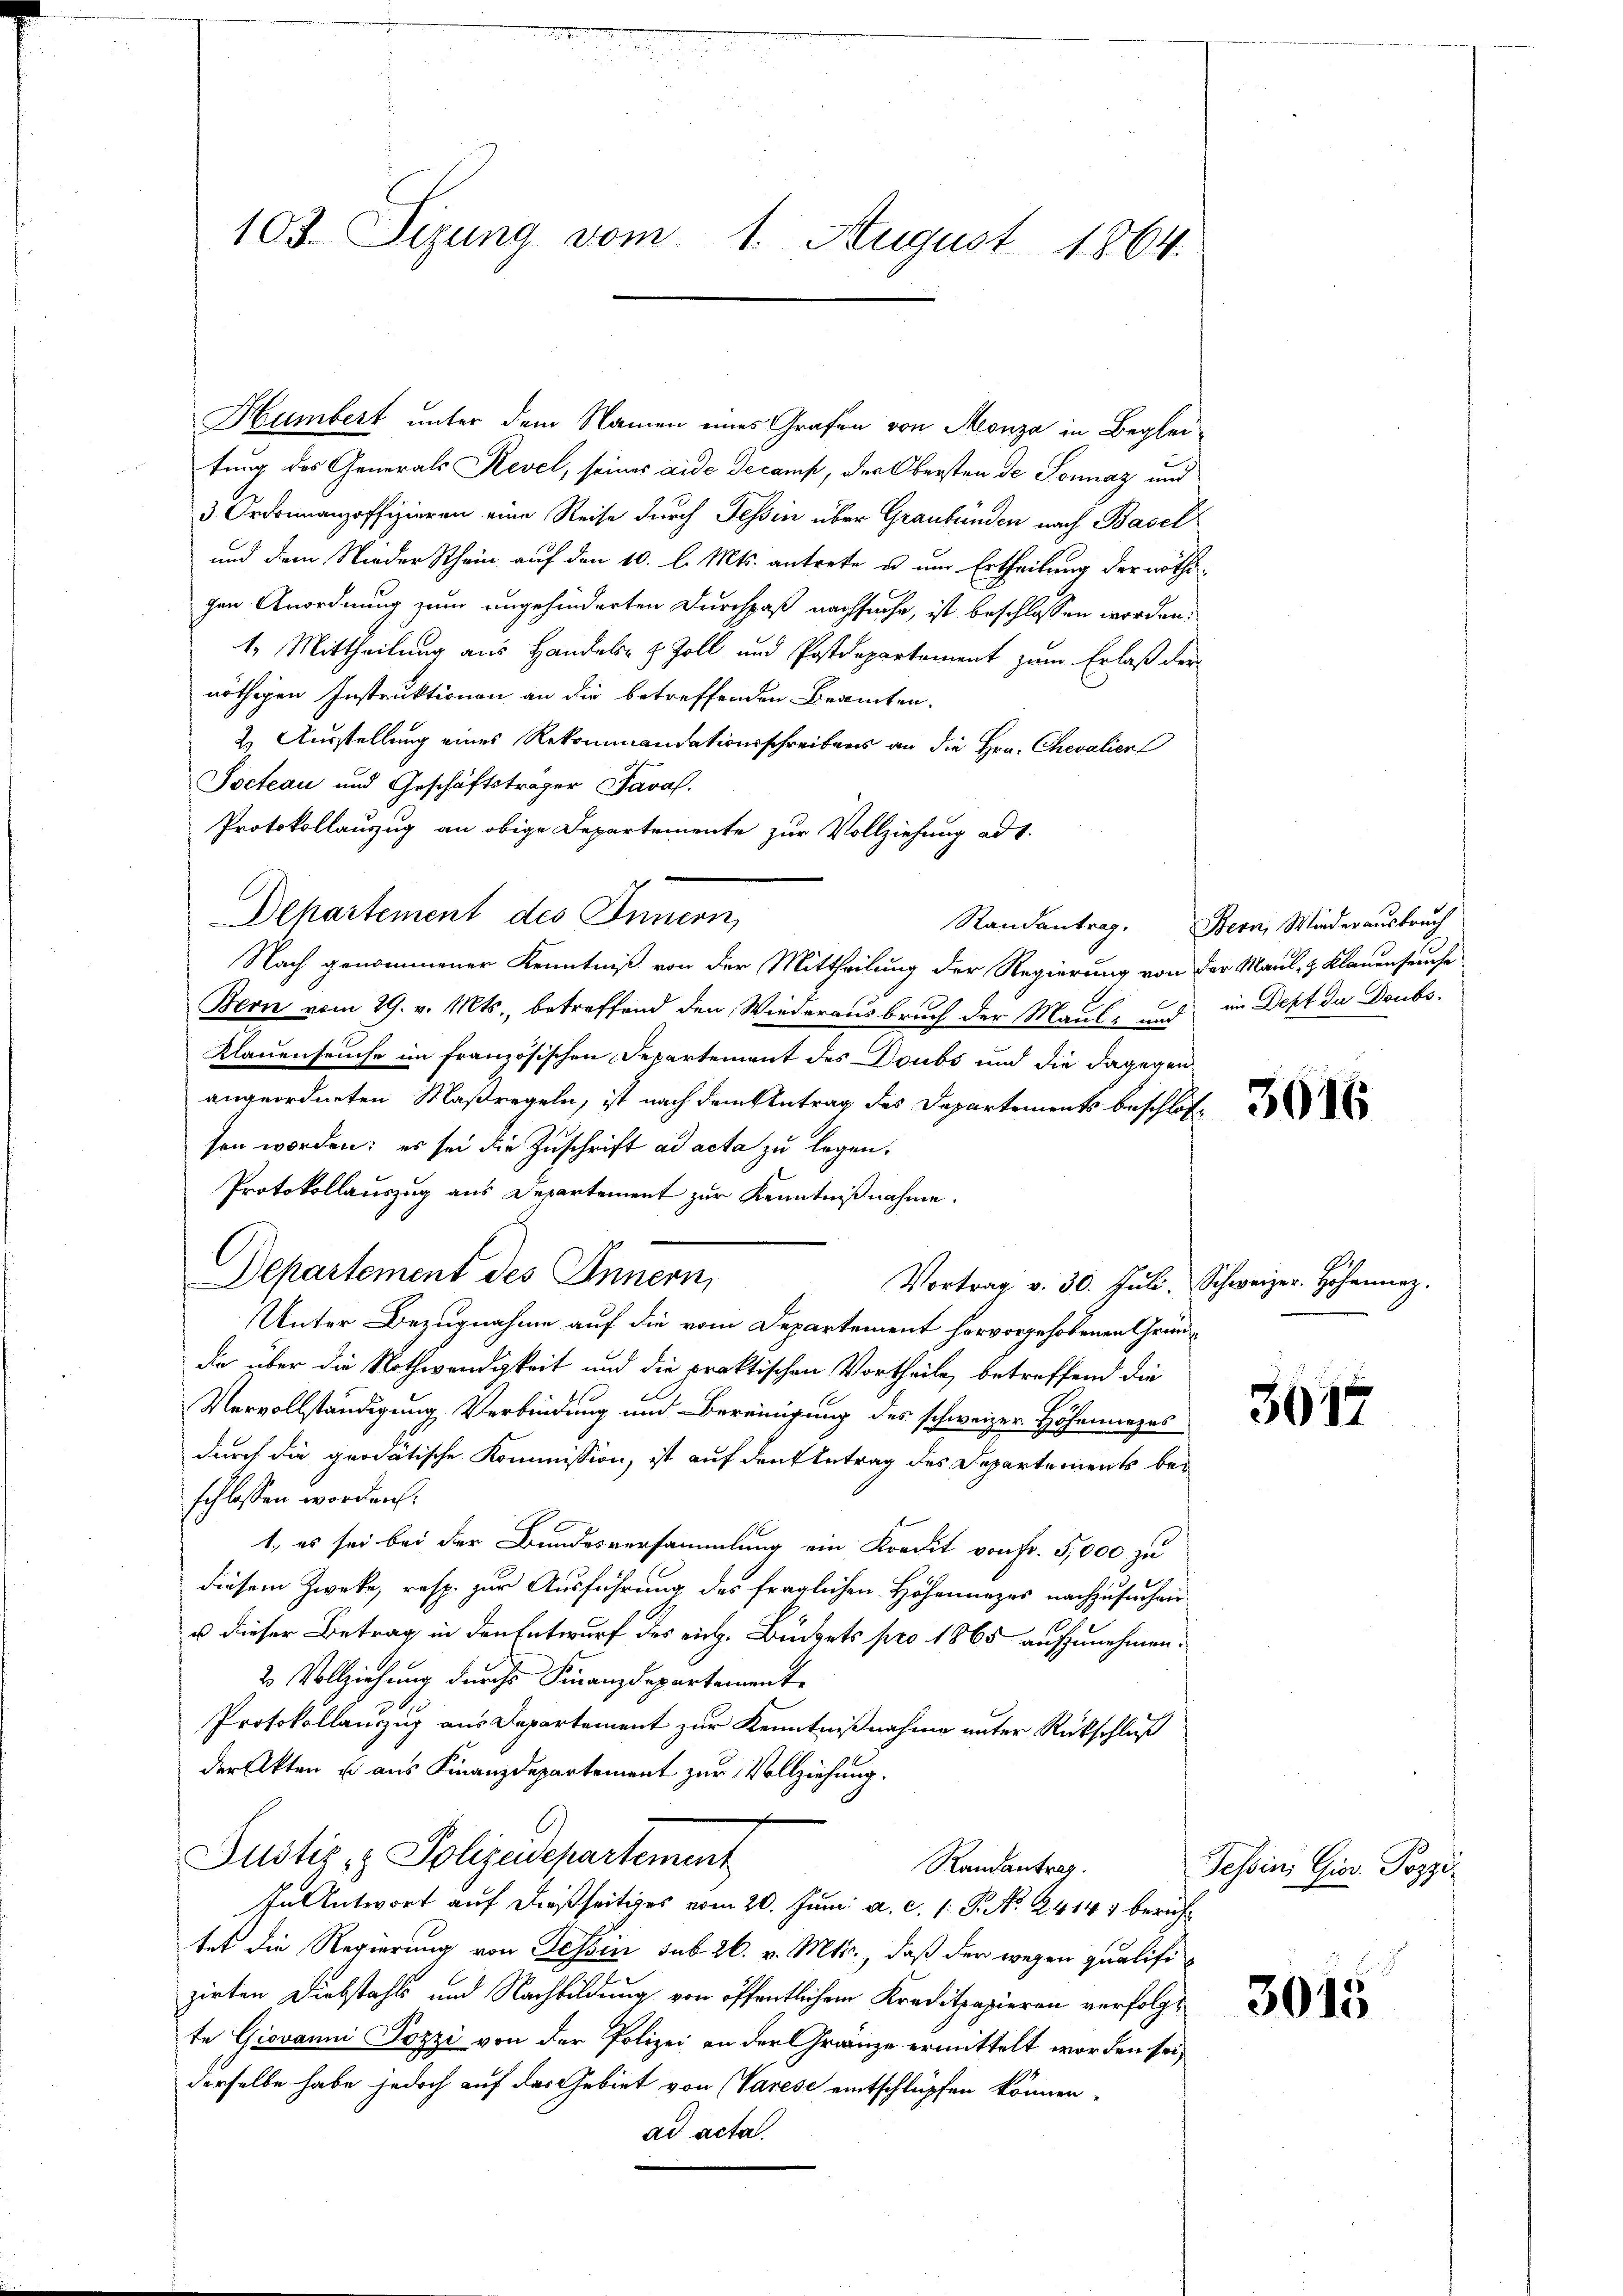
103. Sizung vom 1. August 1864.

Humbert unter dem Namen eines Grafen von Monza in Begleitung des Generals Revel, seines aide Decamp, der Obersten de Sonnaz und
3 Ordonnanzoffizieren eine Reise durch Tessin über Graubünden nach Basel
und dem Nieder Schein auf den 10. l. Mts. antrete u. um Ertheilung der nöthigen Anordnung zum angehinderten Durchpaß nachsuche, ist beschlossen worden.
1. Mittheilung aus Handels- & Zoll und Postdepartement zŭm Erlaβ der
nöthigen Instruktionen an die betreffenden Beamten.
2) Ausstellung eines Rekommandationsschreibens an die Hrn. Chevalien
Socteau und Geschäftsträger Paral.
Protokollauzug an obige Departemente zur Vollziehung ad 1.
Departement des Innern,
Nach genommener Kenntniß von der Mittheilung der Regierung von der Maul- & Klauenseuche
Bern vom 29. v. Mts., betreffend den Wiederausbruch der Maule und in Dept du Doubs¬
Klauenseuche im französischen Departement des Doubs und die dagegen
angeordneten Maßregeln, ist nach dem Antrag des Departements beschlos
sen worden; es sei die Zuschrift ad acta zu legen,
Protokollauszug aus Departement zur Kenntnißnahme.
Departement des Innern,
Vortrag v. 30. Juli, Schweizer. Hohenarz.
Unter Bezugnahme auf die vom Departement hervorgehobenen Grundda über die Nothwendigkeit und die praktischen Vortheile, betreffend die
Vervollständigung Verbindung und Bereinigung des schweizer Höhenarges
durch die quodätische Kommission, ist auf den Antrag des Departements beschlossen worden.
1., es sei bei der Bundesversammlung ein Kredit von Fr. 5,000 zu
diesem Zweke, resp. zur Ausführung des fraglichen Höhenanzes nachzusuchen
u dieser Betrag in den Entwurf des eich. Bückets pro 1865 aufzunehmen.
20 Vollziehung durchs Finanzdepartemente
Protokollauszug aus Departement zur Kenntnißnahme unter Rückschluß
der Akten u aus Finanzdepartement zur Vollziehung.
Justiz- & Polizeidepartement
Randantrag.
In Antwort auf dießseitiges vom 20. Juni a. c. 1: P. No. 2414) berichtet die Regierung von Tessin sub 26. v. Mts., daß der wegen qualifizirten Diebstahls und Nachbildung von öffentlichem Kreditpapieren verfolgte Giovanni Pozzi von der Polizei in der Granze ermittelt worden sei,
derselbe habe jedoch auf das Gebiet von (Varese eintschlüpfen können.
ad acta.

Randantrag. Bern, Wiederausbruch

3017

Tessin, Gior. Pozzi

3015